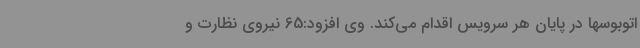
اتوبوسها در پایان هر سرویس اقدام می‌کند. وی افزود:65 نیروی نظارت و